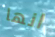
انها